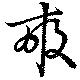
畮